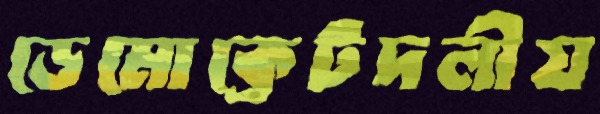
ডেমোক্রেটদলীয়